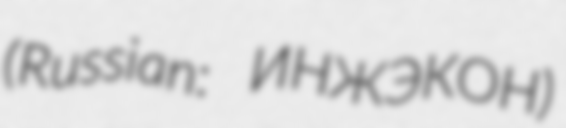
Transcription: (Russian: ИНЖЭКОН)